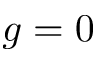
g = 0